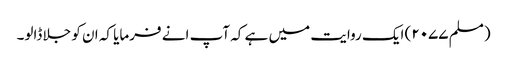
(مسلم ۲۰۷۷) ایک روایت میں ہے کہ آپ انے فرمایا کہ ان کو جلا ڈالو۔